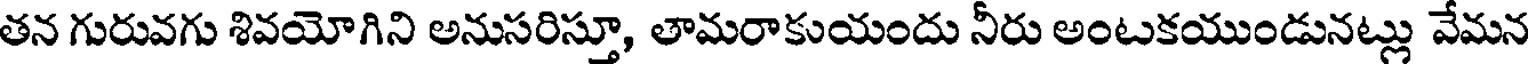
తన గురువగు శివయోగిని అనుసరిస్తూ, తామరాకుయందు నీరు అంటకయుండునట్లు వేమన